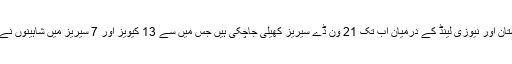
واضح رہے کہ پاکستان اور نیوزی لینڈ کے درمیان اب تک 21 ون ڈے سیریز کھیلی جاچکی ہیں جس میں سے 13 کیویز اور 7 سیریز میں شاہینوں نے کامیابی حاصل کی۔